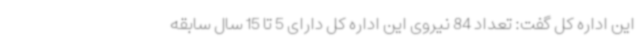
این اداره کل گفت: تعداد 84 نیروی این اداره کل دارای 5 تا 15 سال سابقه